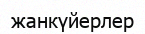
жанкүйерлер